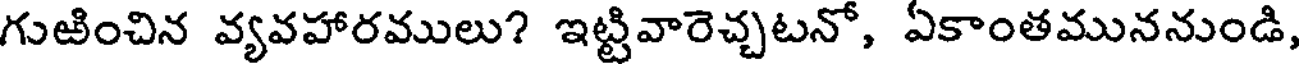
గుఱించిన వ్యవహారములు? ఇట్టివారెచ్చటనో, ఏకాంతముననుండి,